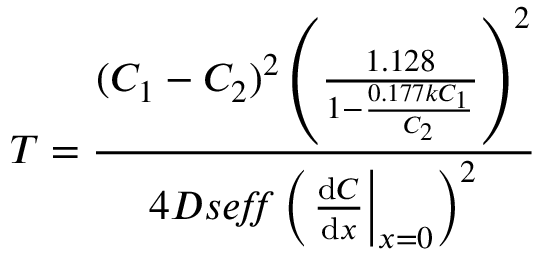
T = { \frac { ( C _ { 1 } - C _ { 2 } ) ^ { 2 } \left( { \frac { 1 . 1 2 8 } { 1 - { \frac { 0 . 1 7 7 k C _ { 1 } } { C _ { 2 } } } } } \right) ^ { 2 } } { 4 D s e \! f \! \! f \left( \left. { \frac { \mathrm { d } C } { \mathrm { d } x } } \right| _ { x = 0 } \right) ^ { 2 } } }